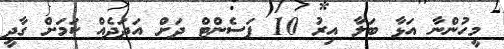
މީހުންނާ އަޅާ ބަލާ އިރު 10 ޕަސެންޓް ދަށް އަދަދެއް ކަމަށް ގާދީ